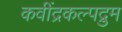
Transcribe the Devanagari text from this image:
कवींद्रकल्पद्रुम